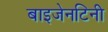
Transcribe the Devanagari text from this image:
बाइजेनटिनी